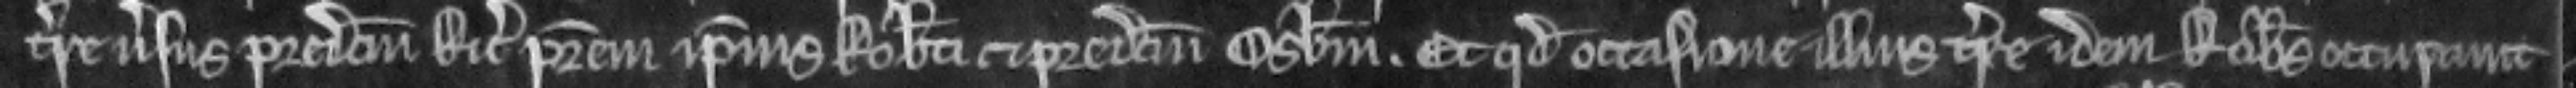
terre versus predictum Ricardum patrem ipsius Roberti et predictum Osbertum. Et quod occasione illius terre idem Robertus occupavit